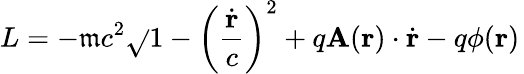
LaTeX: L=-\mathfrak{m}c^{2}{\sqrt{}{{1-\left({\frac{{\dot{{\mathbf{{r}}}}}}{{c}}}\right)^{2}}}}+q\mathbf{{A}}(\mathbf{{r}})\cdot{\dot{{\mathbf{{r}}}}}-q\phi(\mathbf{{r}})\,